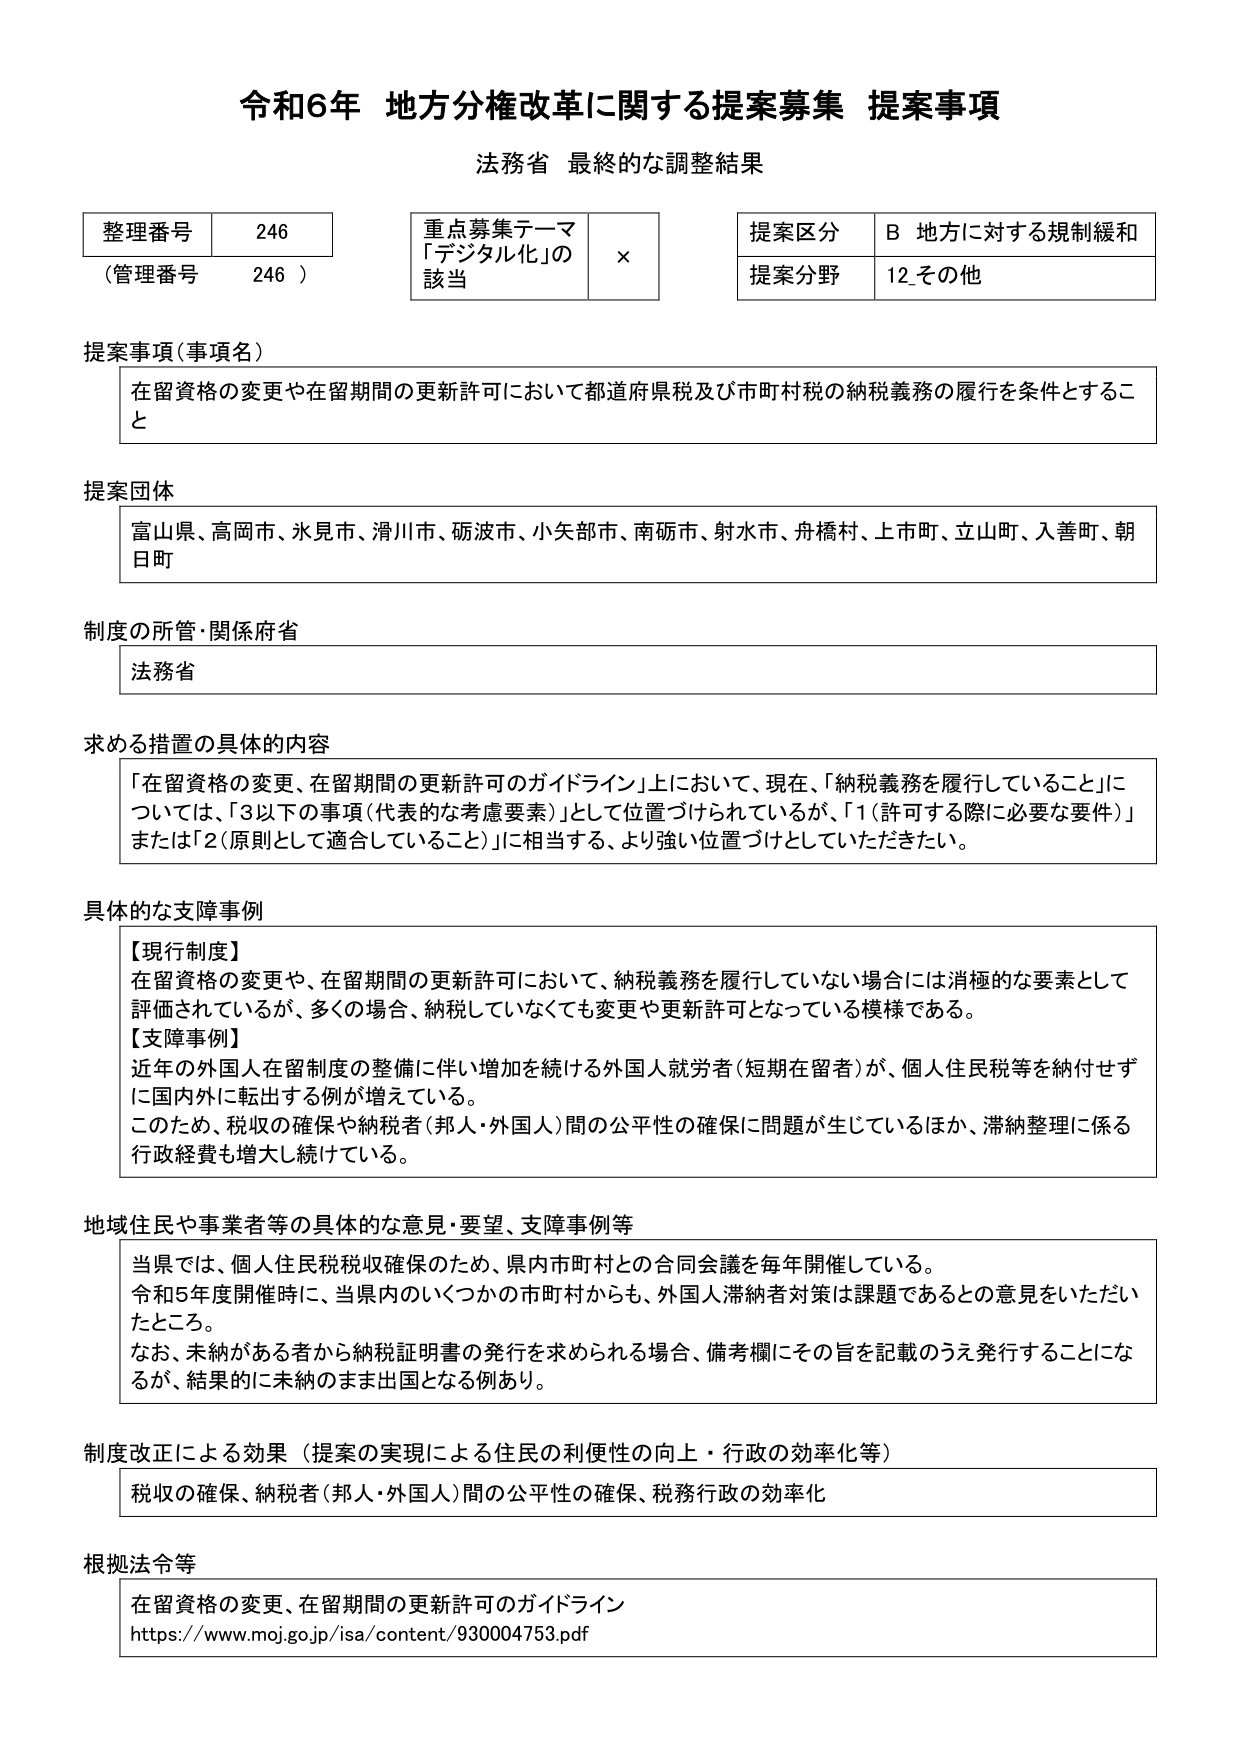
令和6年 地方分権改革に関する提案募集 提案事項
法務省 最終的な調整結果

整理番号 246
（管理番号 246）

重点募集テーマ
「デジタル化」の
該当 ×

提案区分 B 地方に対する規制緩和
提案分野 12-その他

提案事項（事項名）
在留資格の変更や在留期間の更新許可において都道府県税及び市町村税の納税義務の履行を条件とすること

提案団体
富山県、高岡市、氷見市、滑川市、砺波市、小矢部市、南砺市、射水市、舟橋村、上市町、立山町、入善町、朝日町

制度の所管・関係府省
法務省

求める措置の具体的内容
「在留資格の変更、在留期間の更新許可のガイドライン」上において、現在、「納税義務を履行していること」については、「3以下の事項（代表的な考慮要素）」として位置づけられているが、「1（許可する際に必要な要件）」または「2（原則として適合していること）」に相当する、より強い位置づけとしていただきたい。

具体的な支障事例
【現行制度】
在留資格の変更や、在留期間の更新許可において、納税義務を履行していない場合には消極的な要素として評価されているが、多くの場合、納税していなくても変更や更新許可となっている模様である。
【支障事例】
近年の外国人在留制度の整備に伴い増加を続ける外国人就労者（短期在留者）が、個人住民税等を納付せずに国内外に転出する例が増えている。
このため、税収の確保や納税者（邦人・外国人）間の公平性の確保に問題が生じているほか、滞納整理に係る行政経費も増大し続けている。

地域住民や事業者等の具体的な意見・要望、支障事例等
当県では、個人住民税税収確保のため、県内市町村との合同会議を毎年開催している。
令和5年度開催時に、当県内のいくつかの市町村からも、外国人滞納者対策は課題であるとの意見をいただいたところ。
なお、未納がある者から納税証明書の発行を求められる場合、備考欄にその旨を記載のうえ発行することになるが、結果的に未納のまま出国となる例あり。

制度改正による効果（提案の実現による住民の利便性の向上・行政の効率化等）
税収の確保、納税者（邦人・外国人）間の公平性の確保、税務行政の効率化

根拠法令等
在留資格の変更、在留期間の更新許可のガイドライン
https://www.moj.go.jp/isa/content/930004753.pdf